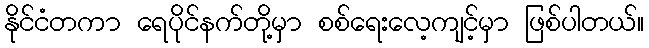
နိုင်ငံတကာ ရေပိုင်နက်တို့မှာ စစ်ရေးလေ့ကျင့်မှာ ဖြစ်ပါတယ်။